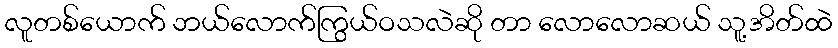
လူတစ်ယောက် ဘယ်လောက်ကြွယ်ဝသလဲဆို တာ လောလောဆယ် သူ့အိတ်ထဲ